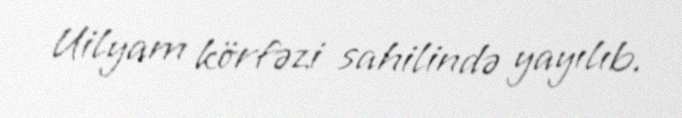
Uilyam körfəzi sahilində yayılıb.